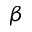
{ \beta }